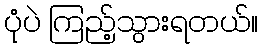
ပုံပဲ ကြည့်သွားရတယ်။